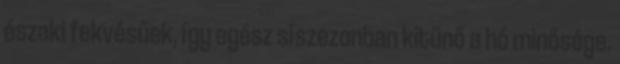
északi fekvésűek, így egész síszezonban kitűnő a hó minősége.